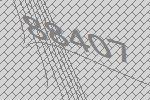
88407